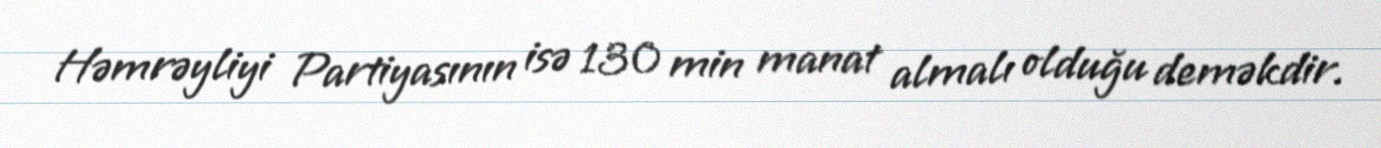
Həmrəyliyi Partiyasının isə 130 min manat almalı olduğu deməkdir.